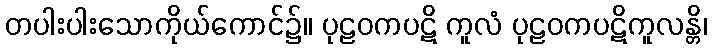
တပါးပါးသောကိုယ်ကောင်၌။ ပုဠဝကပဋိ ကူလံ ပုဠဝကပဋိကူလန္တိ၊